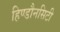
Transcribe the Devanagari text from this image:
हिण्डौनसिटी